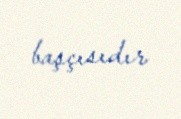
başçısıdır.